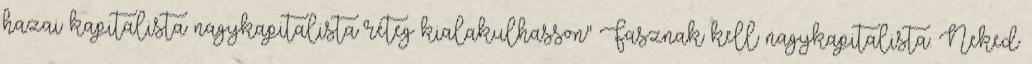
hazai kapitalista nagykapitalista réteg kialakulhasson" Fasznak kell nagykapitalista. Neked